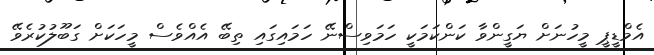
އެމްޑީޕީ މީހުނަށް ޔަގީންވާ ކަންކަމަކީ ހަމަވިސްނޭ ހަމައިގައި ތިބޭ އެއްވެސް މީހަކަށް ގަބޫލުކުރެވޭ